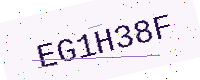
Text: EG1H38F